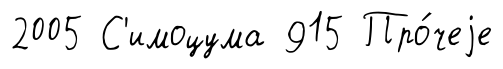
2005 С'имоцума 915 Про́чеjе